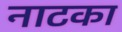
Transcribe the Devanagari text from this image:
नाटका